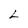
Character: L